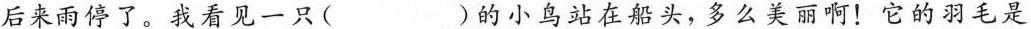
后来雨停了。我看见一只( )的小鸟站在船头，多么美丽啊！它的羽毛是